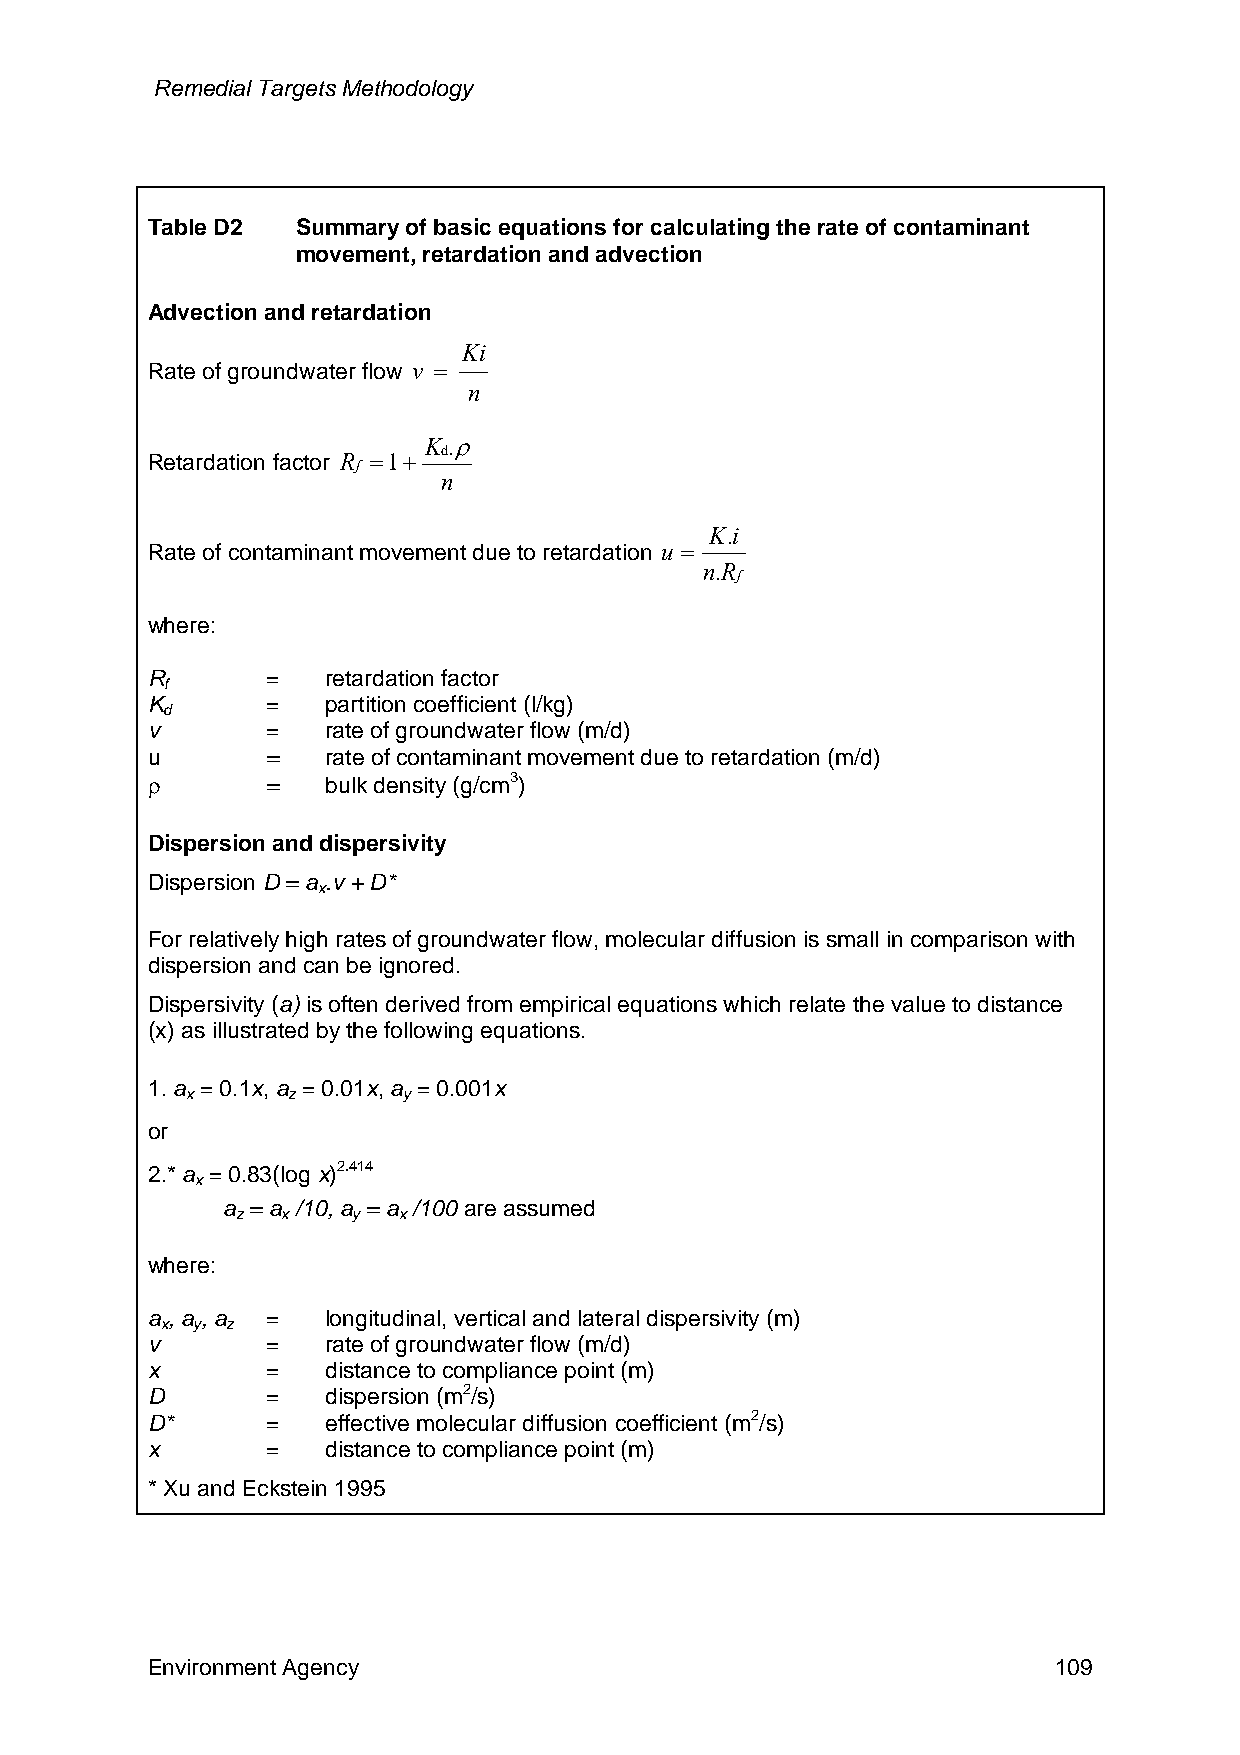
Remedial Targets Methodology
 Table D2  Summary of basic equations for calculating the rate of contaminant
 movement, retardation and advection
 Advection and retardation
 Ki
 Rate of groundwater flow v =
 n
 K .ρ
 d
 Retardation factor R
 f
 =1+
 n
 K.i
 Rate of contaminant movement due to retardation u =
 n.R
 f
 where:
 R       =   retardation factor
 f
 K       =   partition coefficient (l/kg)
 d
 v       =   rate of groundwater flow (m/d)
 u       =   rate of contaminant movement due to retardation (m/d)
 ρ       =   bulk density (g/cm3)
 Dispersion and dispersivity
 Dispersion D = a .v + D*
 x
 For relatively high rates of groundwater flow, molecular diffusion is small in comparison with
 dispersion and can be ignored.
 Dispersivity (a) is often derived from empirical equations which relate the value to distance
 (x) as illustrated by the following equations.
 1. a = 0.1x, a = 0.01x, a = 0.001x
 x      z       y
 or
 2.* a = 0.83(log x)2.414
 x
 a = a /10, a = a /100 are assumed
 z  x   y  x
 where:
 a , a , a = longitudinal, vertical and lateral dispersivity (m)
 x y z
 v       =   rate of groundwater flow (m/d)
 x       =   distance to compliance point (m)
 D       =   dispersion (m2/s)
 D*      =   effective molecular diffusion coefficient (m2/s)
 x       =   distance to compliance point (m)
 * Xu and Eckstein 1995
 Environment Agency                                          109